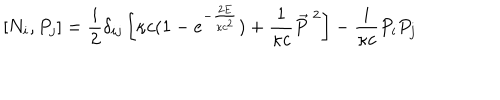
LaTeX: [ N _ { i } , P _ { j } ] = \frac { i } { 2 } \delta _ { i j } \left[ \kappa c ( 1 - e ^ { - \frac { 2 E } { \kappa c ^ { 2 } } } ) + \frac { 1 } { \kappa c } \vec { P } ^ { \ 2 } \right] - \frac { i } { \kappa c } P _ { i } P _ { j }